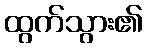
ထွက်သွား၏